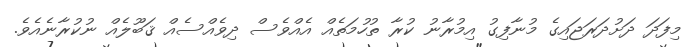
މިފަދަ ދަށުދަރަޖައިގެ މުނާފިގު އިމުރާނު ކުރާ ތުހުމަތެއް އެއްވެސް ދިވެއްސެއް ޤަބޫލެއް ނުކުރާނެއެވެ.